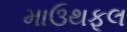
માઉથફૂલ